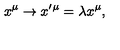
x ^ { \mu } \rightarrow x ^ { \prime } ^ { \mu } = \lambda x ^ { \mu } ,